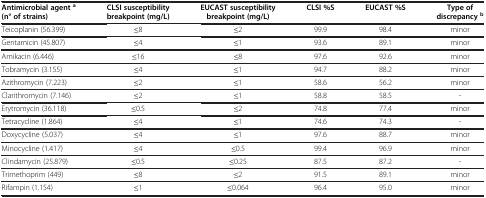
| Antimicrobial agenta(n° of strains) | CLSI susceptibility breakpoint (mg/L) | EUCAST susceptibility breakpoint(mg/L) | CLSI %S | EUCAST %S | Type of discrepancyb |
 | --- | --- | --- | --- | --- | --- |
 | Teicoplanin (56.399) | ≤8 | ≤2 | 99.9 | 98.4 | minor |
 | Gentamicin (45.807) | ≤4 | ≤1 | 93.6 | 89.1 | minor |
 | Amikacin (6.446) | ≤16 | ≤8 | 97.6 | 92.6 | minor |
 | Tobramycin (3.155) | ≤4 | ≤1 | 94.7 | 88.2 | minor |
 | Azithromycin (7.223) | ≤2 | ≤1 | 58.6 | 56.2 | minor |
 | Clarithromycin (7.146) | ≤2 | ≤1 | 58.8 | 58.5 | - |
 | Erytromycin (36.118) | ≤0.5 | ≤2 | 74.8 | 77.4 | minor |
 | Tetracycline (1.864) | ≤4 | ≤1 | 74.6 | 74.3 | - |
 | Doxycycline (5.037) | ≤4 | ≤1 | 97.6 | 88.7 | minor |
 | Minocycline (1.417) | ≤4 | ≤0.5 | 99.4 | 96.9 | minor |
 | Clindamycin (25.879) | ≤0.5 | ≤0.25 | 87.5 | 87.2 | - |
 | Trimethoprim (449) | ≤8 | ≤2 | 91.5 | 89.1 | minor |
 | Rifampin (1.154) | ≤1 | ≤0.064 | 96.4 | 95.0 | minor |